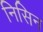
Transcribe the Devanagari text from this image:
निसिन